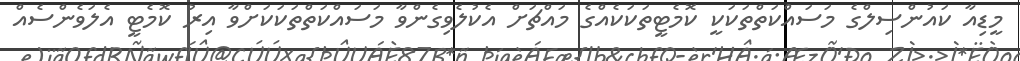
މީޑިއާ ކައުންސިލްގެ މަސައްކަތްތަކަކީ ކޮމެޓީތަކަކެއްގެ މައްޗަށް އެކުލެވިގެންވާ މަސައްކަތްތަކަކަށްވާ އިރު ކޮމެޓީ އެލަވެންސެއް